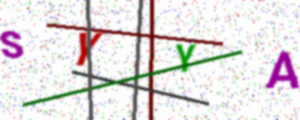
Text: SYYA